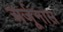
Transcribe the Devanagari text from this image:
अर्जूनास